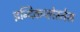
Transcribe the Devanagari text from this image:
इन्दिकप्लेस्तेस